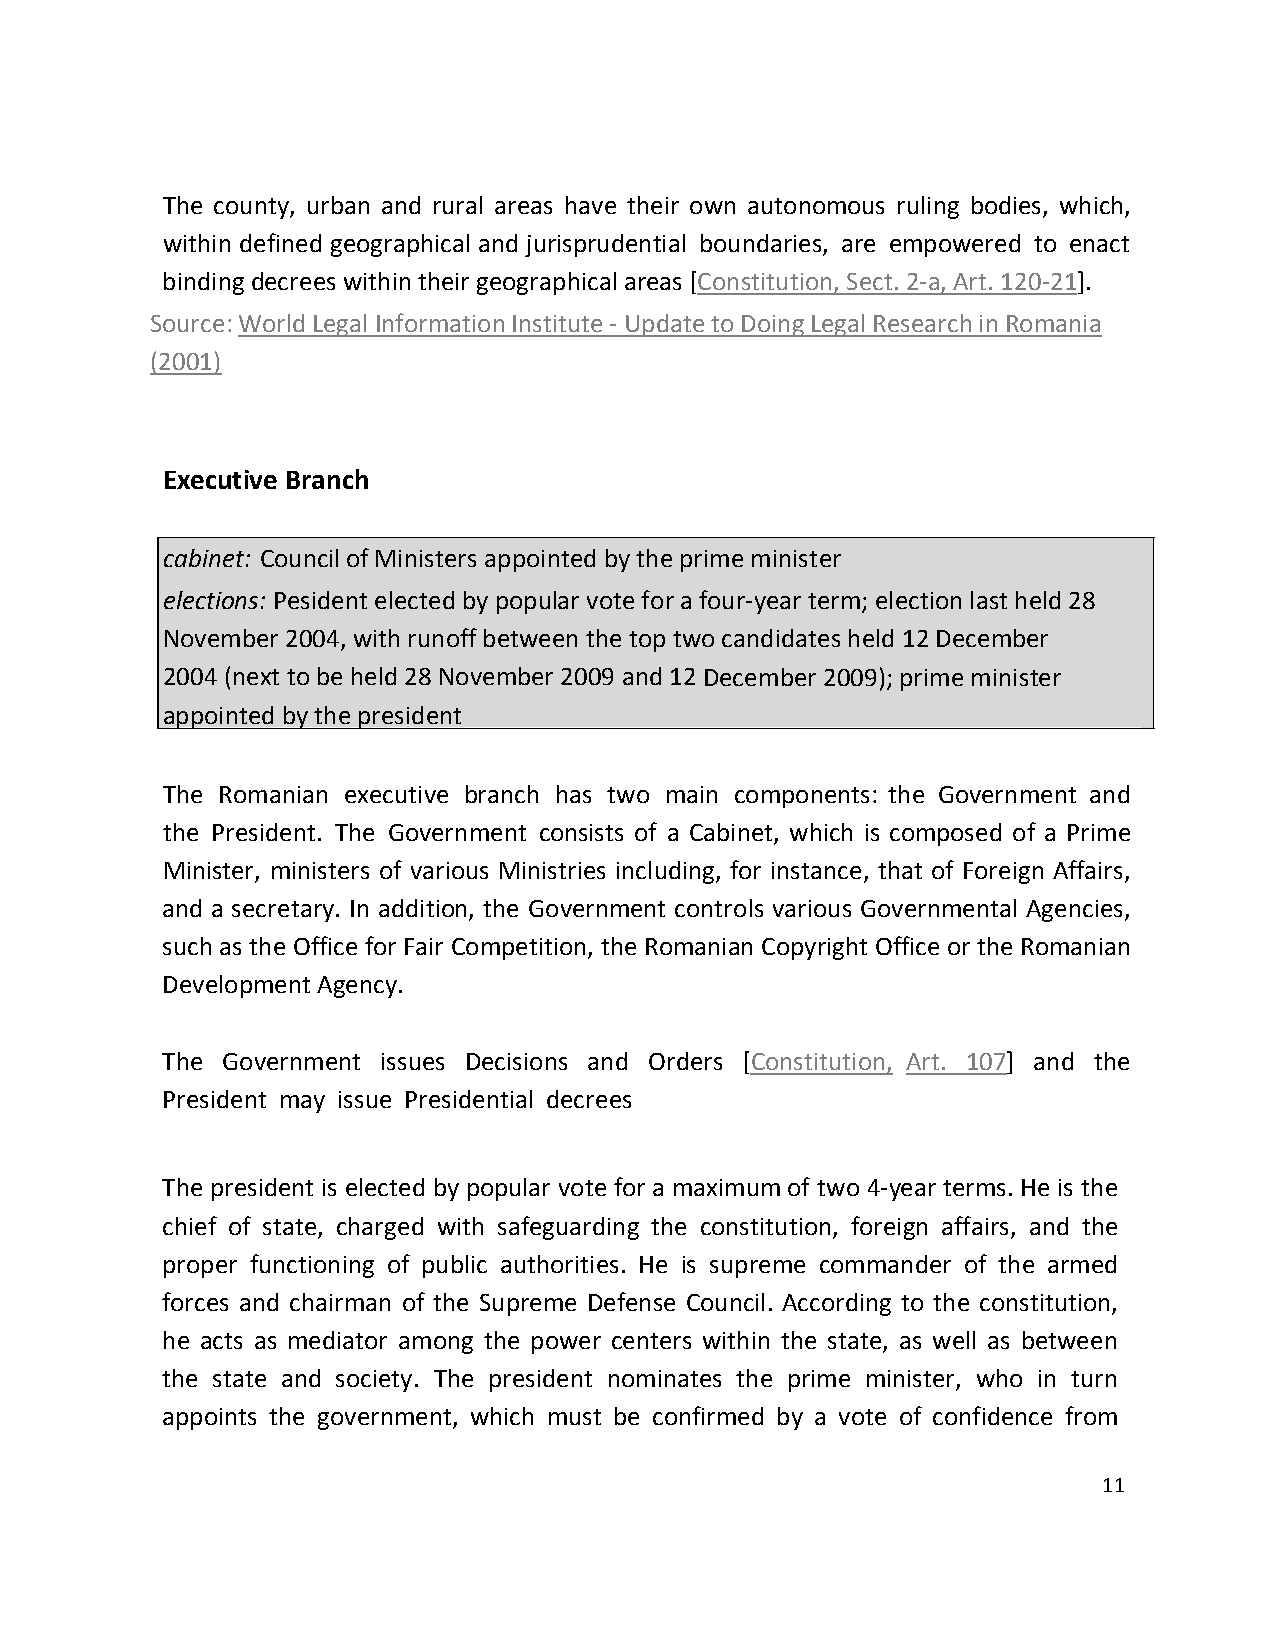
The county, urban and rural areas have their own autonomous ruling bodies, which,
 within defined geographical and jurisprudential boundaries, are empowered to enact
 binding decrees within their geographical areas [Constitution, Sect. 2-a, Art. 120-21].
 Source: World Legal Information Institute - Update to Doing Legal Research in Romania
 (2001)
 Executive Branch
 cabinet: Council of Ministers appointed by the prime minister
 elections: Pesident elected by popular vote for a four-year term; election last held 28
 November 2004, with runoff between the top two candidates held 12 December
 2004 (next to be held 28 November 2009 and 12 December 2009); prime minister
 appointed by the president
 The Romanian executive branch has two main components: the Government and
 the President. The Government consists of a Cabinet, which is composed of a Prime
 Minister, ministers of various Ministries including, for instance, that of Foreign Affairs,
 and a secretary. In addition, the Government controls various Governmental Agencies,
 such as the Office for Fair Competition, the Romanian Copyright Office or the Romanian
 Development Agency.
 The Government issues Decisions and Orders [Constitution, Art. 107] and the
 President may issue Presidential decrees
 The president is elected by popular vote for a maximum of two 4-year terms. He is the
 chief of state, charged with safeguarding the constitution, foreign affairs, and the
 proper functioning of public authorities. He is supreme commander of the armed
 forces and chairman of the Supreme Defense Council. According to the constitution,
 he acts as mediator among the power centers within the state, as well as between
 the state and society. The president nominates the prime minister, who in turn
 appoints the government, which must be confirmed by a vote of confidence from
 11